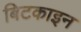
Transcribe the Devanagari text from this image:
बिटकाइन